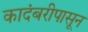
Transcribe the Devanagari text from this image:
कादंबरीपासून